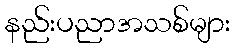
နည်းပညာအသစ်များ